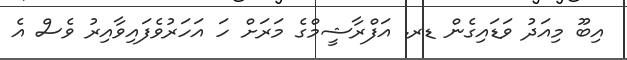
އިބޫ މިއަދު ވަޑައިގެން ޑރ. އަފްރާޝީމްގެ މަރަށް ހަ އަހަރުވެފައިވާއިރު ވެސް އެ